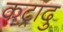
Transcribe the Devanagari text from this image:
कट्रादु